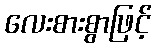
လေးစားစွာဖြင့်